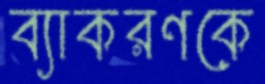
ব্যাকরণকে